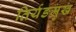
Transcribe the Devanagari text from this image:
तिर्यङमुख